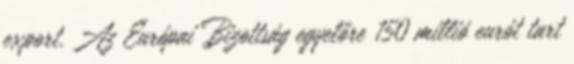
export. Az Európai Bizottság egyelőre 150 millió eurót tart